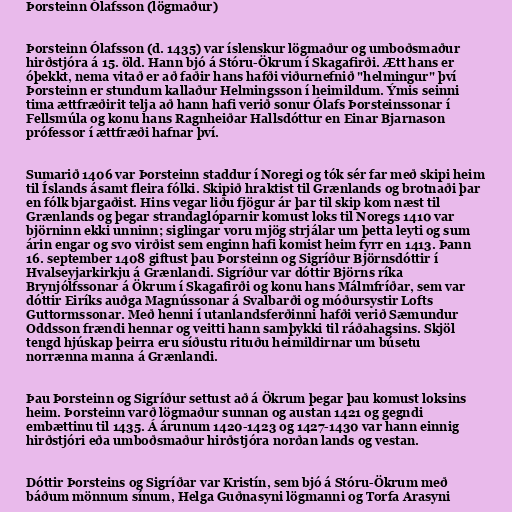
Þorsteinn Ólafsson (lögmaður)

Þorsteinn Ólafsson (d. 1435) var íslenskur lögmaður og umboðsmaður
hirðstjóra á 15. öld. Hann bjó á Stóru-Ökrum í Skagafirði. Ætt hans er
óþekkt, nema vitað er að faðir hans hafði viðurnefnið "helmingur" því
Þorsteinn er stundum kallaður Helmingsson í heimildum. Ýmis seinni
tima ættfræðirit telja að hann hafi verið sonur Ólafs Þorsteinssonar í
Fellsmúla og konu hans Ragnheiðar Hallsdóttur en Einar Bjarnason
prófessor í ættfræði hafnar því.

Sumarið 1406 var Þorsteinn staddur í Noregi og tók sér far með skipi heim
til Íslands ásamt fleira fólki. Skipið hraktist til Grænlands og brotnaði þar
en fólk bjargaðist. Hins vegar liðu fjögur ár þar til skip kom næst til
Grænlands og þegar strandaglóparnir komust loks til Noregs 1410 var
björninn ekki unninn; siglingar voru mjög strjálar um þetta leyti og sum
árin engar og svo virðist sem enginn hafi komist heim fyrr en 1413. Þann
16. september 1408 giftust þau Þorsteinn og Sigríður Björnsdóttir í
Hvalseyjarkirkju á Grænlandi. Sigríður var dóttir Björns ríka
Brynjólfssonar á Ökrum í Skagafirði og konu hans Málmfríðar, sem var
dóttir Eiríks auðga Magnússonar á Svalbarði og móðursystir Lofts
Guttormssonar. Með henni í utanlandsferðinni hafði verið Sæmundur
Oddsson frændi hennar og veitti hann samþykki til ráðahagsins. Skjöl
tengd hjúskap þeirra eru síðustu rituðu heimildirnar um búsetu
norrænna manna á Grænlandi.

Þau Þorsteinn og Sigríður settust að á Ökrum þegar þau komust loksins
heim. Þorsteinn varð lögmaður sunnan og austan 1421 og gegndi
embættinu til 1435. Á árunum 1420-1423 og 1427-1430 var hann einnig
hirðstjóri eða umboðsmaður hirðstjóra norðan lands og vestan.

Dóttir Þorsteins og Sigríðar var Kristín, sem bjó á Stóru-Ökrum með
báðum mönnum sínum, Helga Guðnasyni lögmanni og Torfa Arasyni